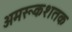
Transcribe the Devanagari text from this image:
अमरूकशतक